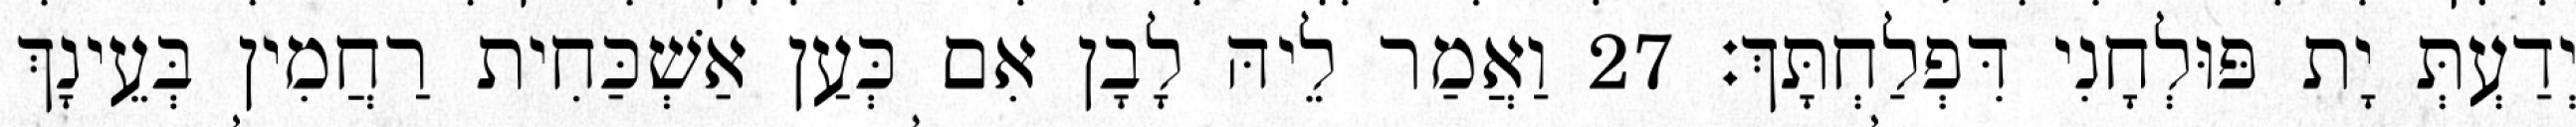
יְדַעְתְּ יָת פּוּלְחָנִי דִּפְלַחְתָּךְ׃ 27 וַאֲמַר לֵיהּ לָבָן אִם כְּעַן אַשְׁכַּחִית רַחֲמִין בְּעֵינָךְ